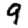
Digit: 9